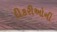
દીકરીઓની